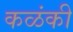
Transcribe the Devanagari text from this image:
कळंकी